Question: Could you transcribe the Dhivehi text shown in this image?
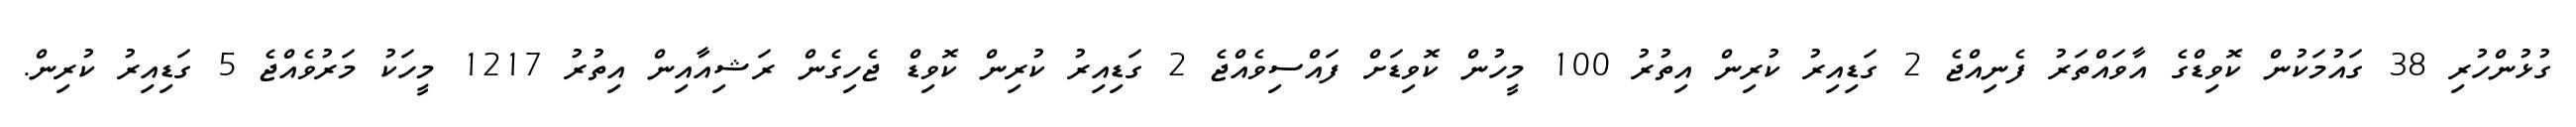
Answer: ގުޅުންހުރި 38 ގައުމަކުން ކޮވިޑްގެ އާވައްތަރު ފެނިއްޖެ 2 ގަޑިއިރު ކުރިން އިތުރު 100 މީހުން ކޮވިޑަށް ފައްސިވެއްޖެ 2 ގަޑިއިރު ކުރިން ކޮވިޑް ޖެހިގެން ރަޝިއާއިން އިތުރު 1217 މީހަކު މަރުވެއްޖެ 5 ގަޑިއިރު ކުރިން.